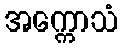
အက္ကောသံ